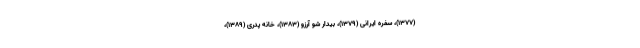
(۱۳۷۷)، سفره ایرانی (۱۳۷۹)، بیدار شو آرزو (۱۳۸۳)، خانه پدری (۱۳۸۹)،